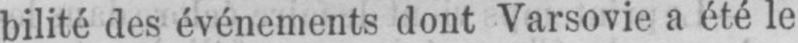
bilité des événements dont Varsovie a été le